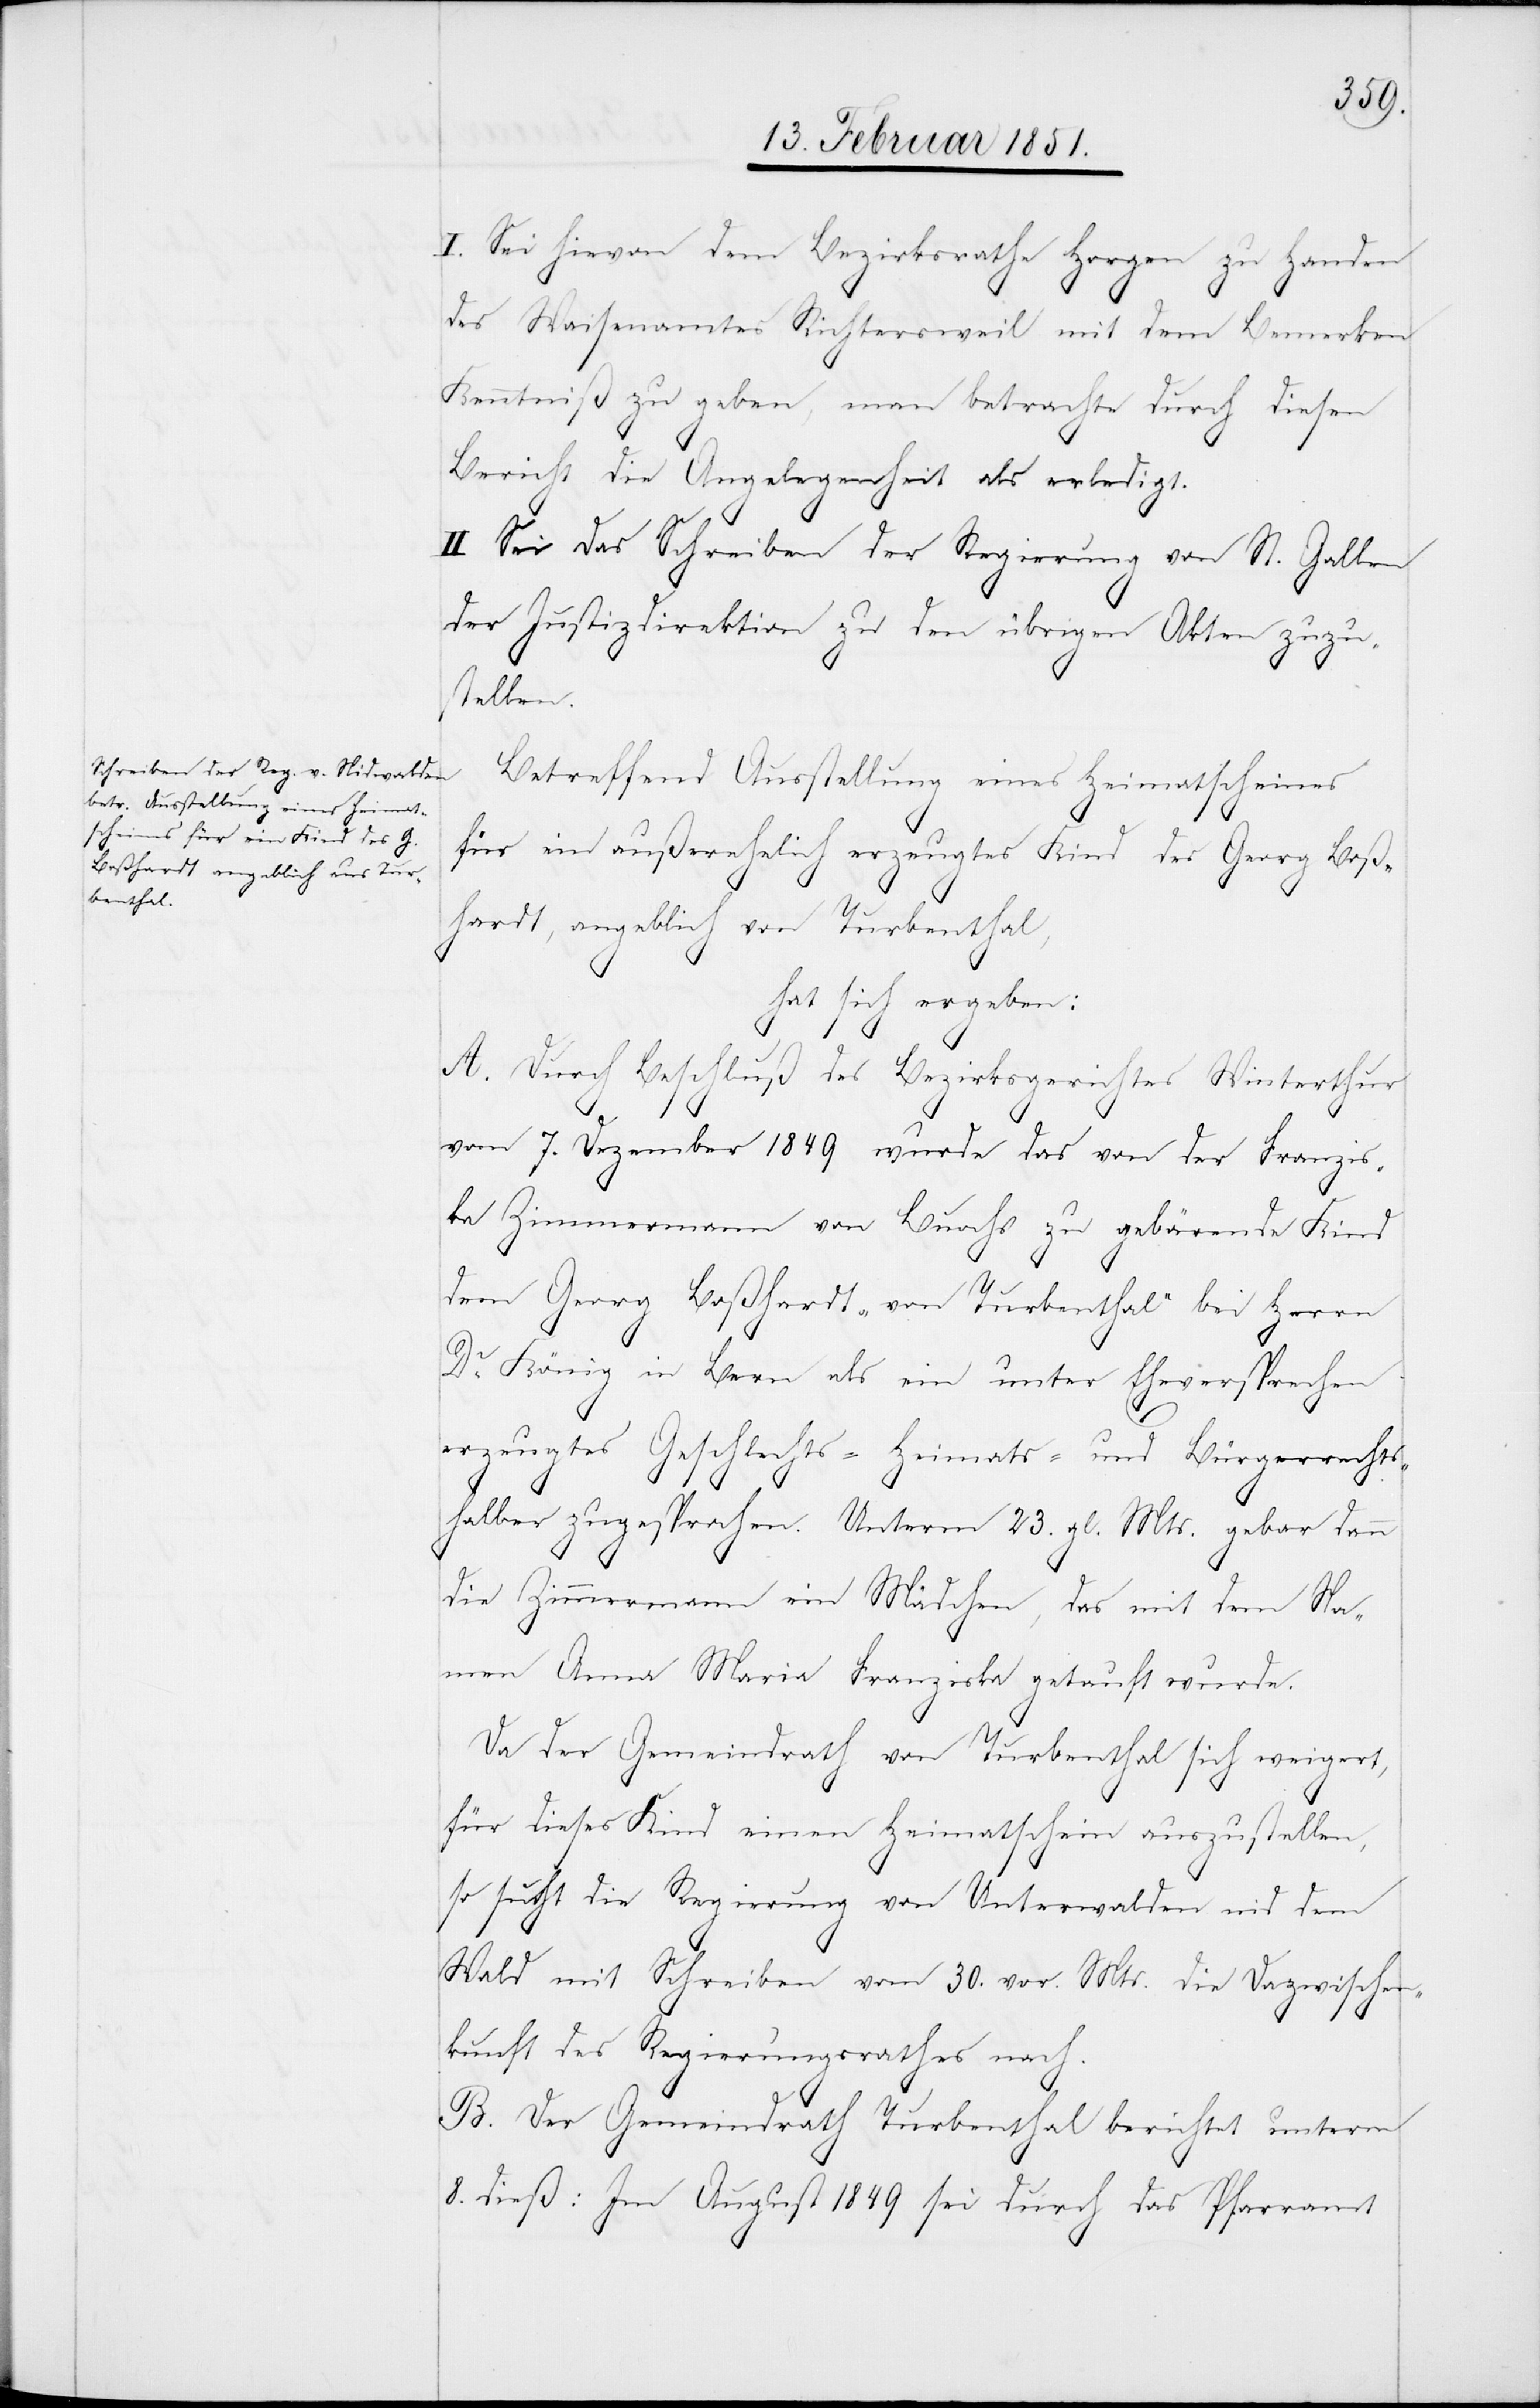
I. Sei hievon dem Bezirksrathe Horgen zu Handen
des Waisenamtes Richtersweil mit dem Bemerken
Kenntniß zu geben, man betrachte durch diesen
Bericht die Angelegenheit als erledigt.
II. Sei das Schreiben der Regierung von St. Gallen
der Justizdirektion zu den übrigen Akten zuzu¬
stellen.
Betreffend Ausstellung eines Heimatscheines
für ein außerehelich erzeugtes Kind des Georg Boß¬
hardt, angeblich von Turbenthal,
hat sich ergeben:
A. Durch Beschluß des Bezirksgerichtes Winterthur
vom 7. Dezember 1849 wurde das von der Franzis¬
ka Zimmermann von Buochs zu gebärende Kind
dem Georg Boßhardt „von Turbenthal“ bei Herrn
Dr. König in Bern als ein unter Eheversprechen
erzeugtes Geschlechts-[,] Heimats- und Bürgerrechts¬
halber zugesprochen. Unterm 23. gl. Mts. gebar dann
die Zimmermann ein Mädchen, das mit dem Na¬
men Anna Maria Franziska getauft wurde.
Da der Gemeindrath von Turbenthal sich weigert,
für dieses Kind einen Heimatschein auszustellen,
so sucht die Regierung von Unterwalden nid dem
Wald mit Schreiben vom 30. vor. Mts. die Dazwischen¬
kunft des Regierungsrathes nach.
B. Der Gemeindrath Turbenthal berichtet unterm
8. dieß: Im August 1849 sei durch das Pfarramt